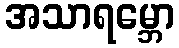
အသာရမ္ဘော